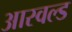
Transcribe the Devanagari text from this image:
आस्वल्ड